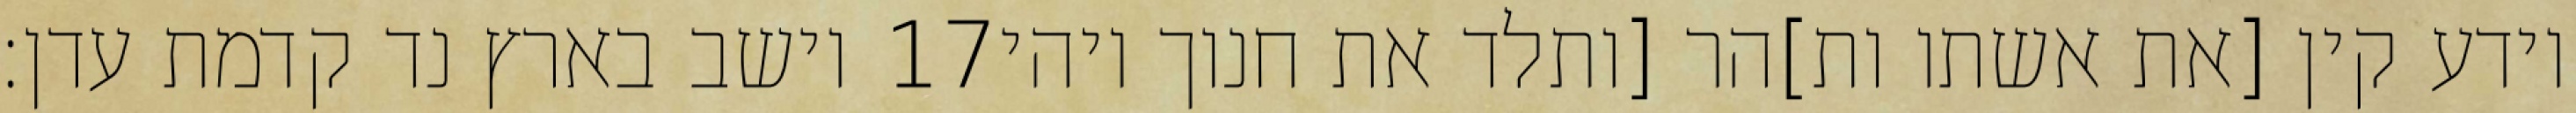
וישב בארץ נד קדמת עדן׃ ‎17‏ וידע קין [את אשתו ות]הר [ותלד את חנוך ויהי